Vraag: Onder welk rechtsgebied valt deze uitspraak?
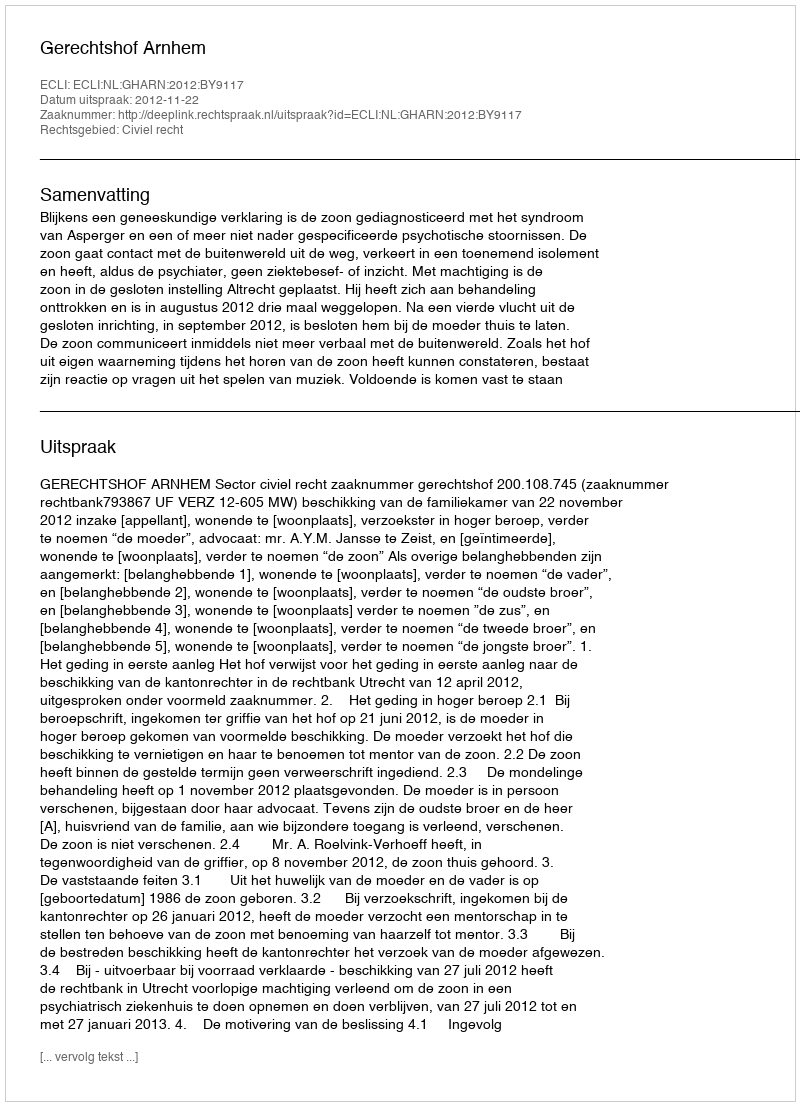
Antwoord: Civiel recht